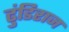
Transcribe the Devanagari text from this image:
ढुंडिराज